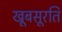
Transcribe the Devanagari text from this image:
खूबसूरति